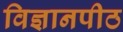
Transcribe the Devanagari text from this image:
विज्ञानपीठ